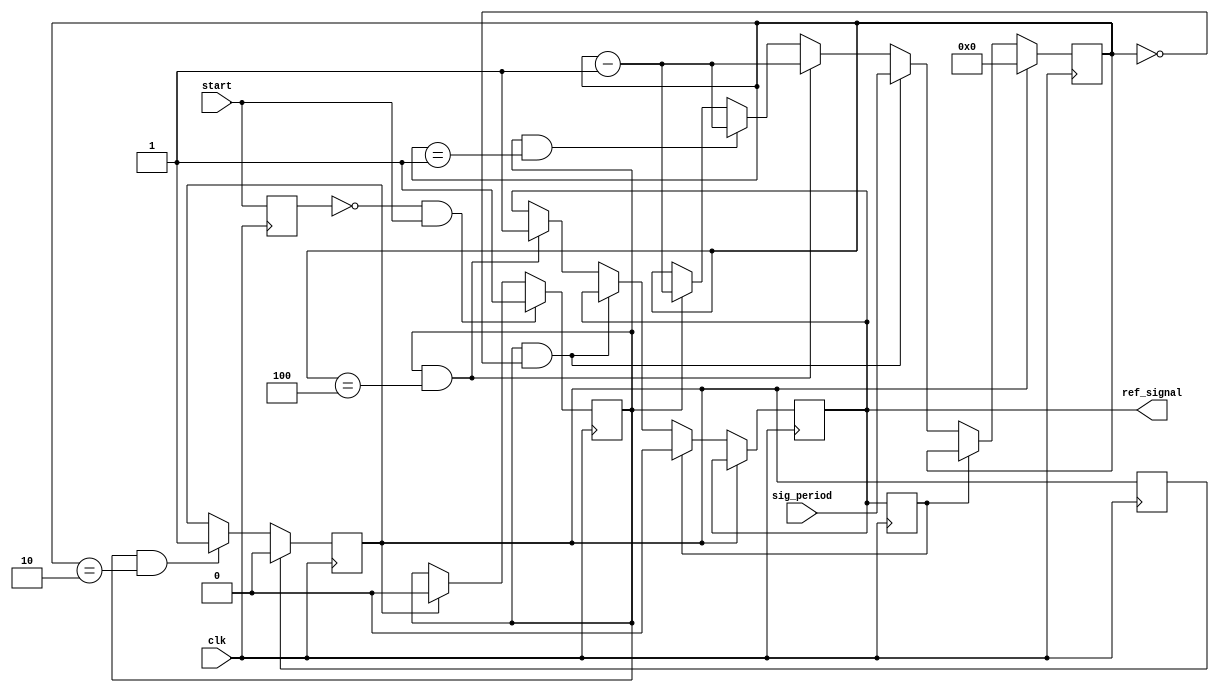
module flag_counter(
    input  wire        start,          
    input  wire [31:0] sig_period,
    input  wire        clk,
    
    output wire        ref_signal      
    );
    
    reg            reset   =  1'b0; 
    reg          reset_r   =  1'b0;     
    reg   [31:0]     cnt   =  32'd0;
    reg          start_r   =  1'b0;
    reg       flag_start   =  1'b0;
    reg     ref_signal_r   =  1'b0;
    reg     ref_signal_r2  =  1'b0;
    
    always@(posedge clk)begin
        start_r <= start;
        if(reset)begin
            flag_start <= 1'b0; 
        end if(!start_r && start)begin
            flag_start <= 1'b1;
        end else begin end
    end
    
    
    always@(posedge clk)begin
        ref_signal_r2 <= ref_signal_r;

        if(reset)begin
            cnt          <= 0;
        end else if(ref_signal_r2)begin
            ref_signal_r <= 1'b0;
        end else if(flag_start && (cnt==1'b0)) begin
            cnt          <= sig_period;
        end else if(flag_start && (cnt==3'd4)) begin
            cnt          <= cnt - 1;
            ref_signal_r <= 1'b1;
        end else if(flag_start && (cnt==1'b1)) begin
            cnt          <= cnt - 1;
        end else if(flag_start) begin
            cnt <= cnt - 1;
        end else cnt <= cnt;   
    end
    
    always@(posedge clk)begin
        reset_r <= reset;

        if(reset_r)begin
            reset <= 1'b0;
        end else if(flag_start && (cnt==2'd2)) begin
            reset <= 1'b1;
        end else begin

        end
    end

    assign  ref_signal     = ref_signal_r;
    
endmodule